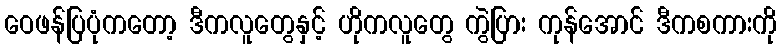
ဝေဖန်ပြပုံကတော့ ဒီကလူတွေနှင့် ဟိုကလူတွေ ကွဲပြား ကုန်အောင် ဒီကစကားကို